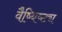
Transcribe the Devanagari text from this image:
वैष्यिष्ट्य